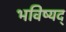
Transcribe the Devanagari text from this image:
भविष्यद्